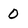
Character: 0